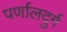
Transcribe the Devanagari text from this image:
पर्णालदुर्ग